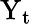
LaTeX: \mathrm{Y}_{\mathrm{t}}